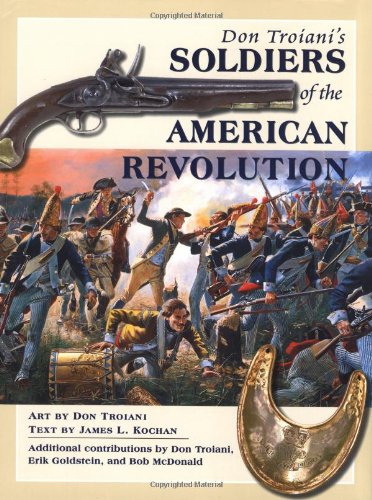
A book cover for Don Troiani's Soldiers of the American Revolution; Don Troiani; Arts & Photography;